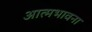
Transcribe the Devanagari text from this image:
आत्मभावना